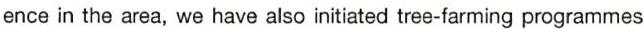
ence in the area, we have also initiated tree-farming programmes